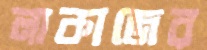
লাকাজের